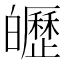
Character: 㿨